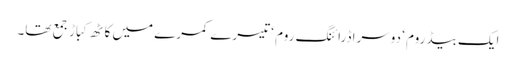
ایک بیڈ روم ‘ دوسرا ڈرائنگ روم ‘ تیسرے کمرے میں کاٹھ کباڑ جمع تھا۔